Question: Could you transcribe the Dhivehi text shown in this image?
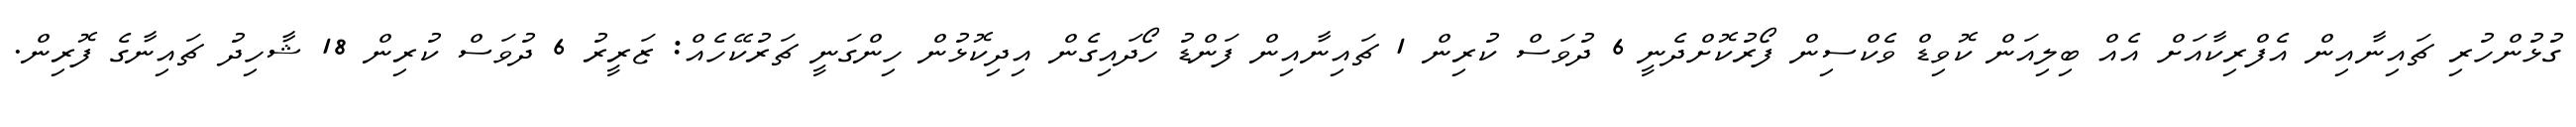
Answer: ގުޅުންހުރި ޗައިނާއިން އެފްރިކާއަށް އެއް ބިލިއަން ކޮވިޑް ވެކްސިން ފޯރުކޮށްދެނީ 6 ދުވަސް ކުރިން 1 ޗައިނާއިން ފަންޑު ހޯދައިގެން އިދިކޮޅުން ހިންގަނީ ޗަރުކޭހެއް: ޒަރީރު 6 ދުވަސް ކުރިން 18 ޝާހިދު ޗައިނާގެ ފޮރިން.